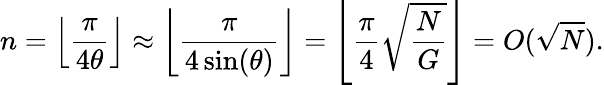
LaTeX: n=\left\lfloor{\frac{\pi}{4\theta}}\right\rfloor\approx\left\lfloor{\frac{\pi}{4\sin(\theta)}}\right\rfloor=\left\lfloor{\frac{\pi}{4}}{\sqrt{\frac{N}{G}}}\right\rfloor=O({\sqrt{N}}).